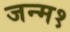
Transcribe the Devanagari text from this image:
जन्म१